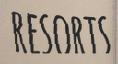
RESORTS